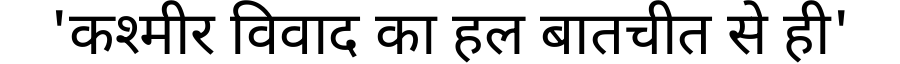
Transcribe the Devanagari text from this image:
'कश्मीर विवाद का हल बातचीत से ही'